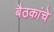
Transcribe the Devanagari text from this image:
बैठकांचे